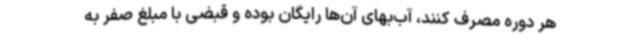
هر دوره مصرف کنند، آب‌بهای آن‌ها رایگان بوده و قبضی با مبلغ صفر به